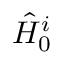
\hat { H } _ { 0 } ^ { i }